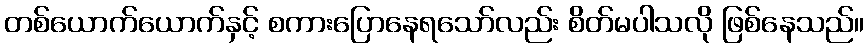
တစ်ယောက်ယောက်နှင့် စကားပြောနေရသော်လည်း စိတ်မပါသလို ဖြစ်နေသည်။